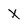
Character: X